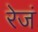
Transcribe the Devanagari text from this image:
रेजं